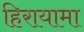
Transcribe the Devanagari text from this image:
हिरायामा